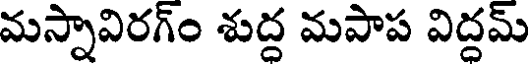
మస్నావిరగ్ం శుద్ద మపాప విద్దమ్